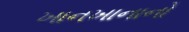
ખાનખાનાનો